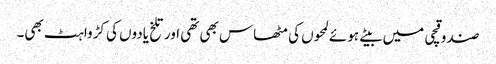
صندوقچی میں بیتے ہوئے لمحوں کی مٹھاس بھی تھی اور تلخ یادوں کی کڑواہٹ بھی۔